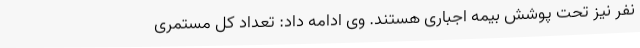
نفر نیز تحت پوشش بیمه اجباری هستند. وی ادامه داد: تعداد کل مستمری